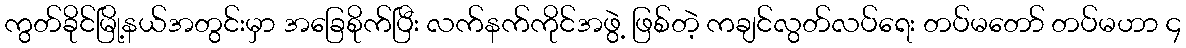
ကွတ်ခိုင်မြို့နယ်အတွင်းမှာ အခြေစိုက်ပြီး လက်နက်ကိုင်အဖွဲ့ ဖြစ်တဲ့ ကချင်လွတ်လပ်ရေး တပ်မတော် တပ်မဟာ ၄